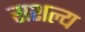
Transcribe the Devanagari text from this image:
सशल्य